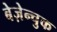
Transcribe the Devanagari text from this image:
बेज़ेन्चुक